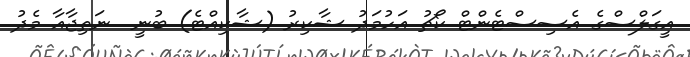
އީގަލްސްގެ އެސިސްޓެންޓް ކޯޗު އަހުމަދު ޝާކިރު (ޝާކިއްޓެ) ބުނީ  ނަތިޖާއާ މެދު